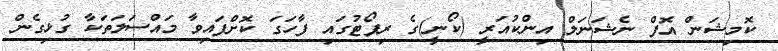
ކޮމިޝަން އޮފް ނެޝަނަލް އިންކުއަރީ (ކޯނީ)ގެ ރިޕޯޓުގައި ފާހަގަ ކޮށްފައިވާ މައްސަލަތަކާ ގުޅިގެން